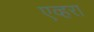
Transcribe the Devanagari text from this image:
एव्हरा